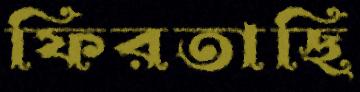
ফিরতাছি